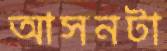
আসনটা